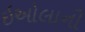
ઇઓલાની